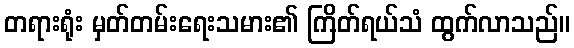
တရားရုံး မှတ်တမ်းရေးသမား၏ ကြိတ်ရယ်သံ ထွက်လာသည်။